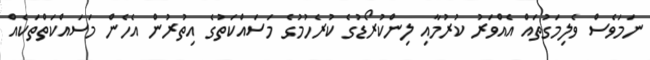
ނަމަވެސް ވެލިމަގުތައް އެއްވަރު ކުރުމާއި ލިންކުރޯޑުގެ ކުރެހުުމުގެ މަސައްކަތުގެ އިތުރުން އެހެން މަސައްކަތްތަކެއް